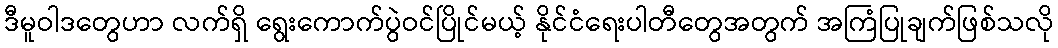
ဒီမူဝါဒတွေဟာ လက်ရှိ ရွေးကောက်ပွဲဝင်ပြိုင်မယ့် နိုင်ငံရေးပါတီတွေအတွက် အကြံပြုချက်ဖြစ်သလို